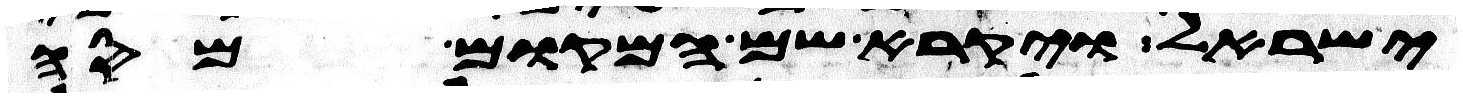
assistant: ישראל ויקרא שם המקום מסה